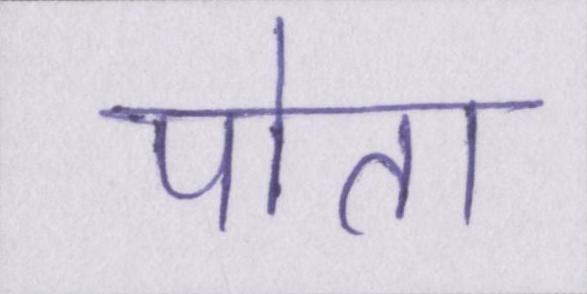
पोता